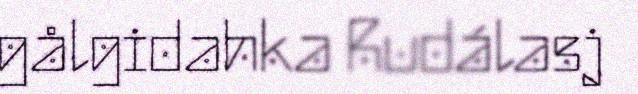
gålgidahka Rudálasj